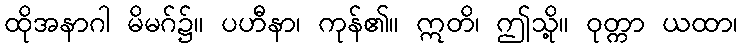
ထိုအနာဂါ မိမဂ်၌။ ပဟီနာ၊ ကုန်၏။ ဣတိ၊ ဤသို့။ ဝုတ္ကာ ယထာ၊